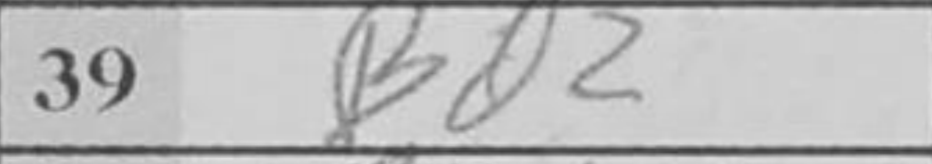
Transcription: Bd2